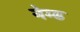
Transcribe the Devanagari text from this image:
नेम्‍ड